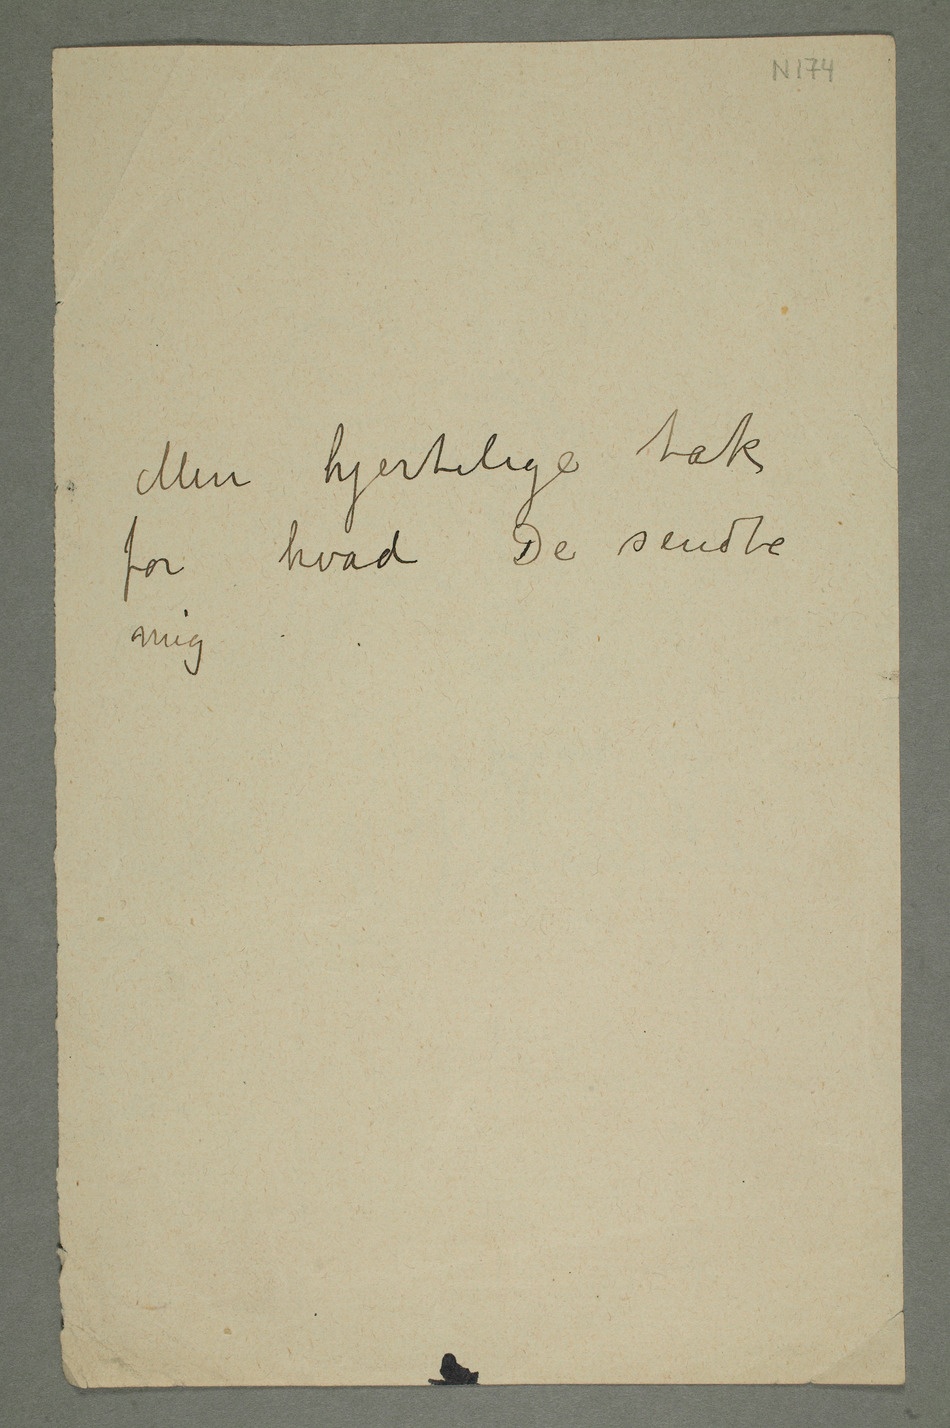
Mine hjertelige tak
for hvad De sendte
mig